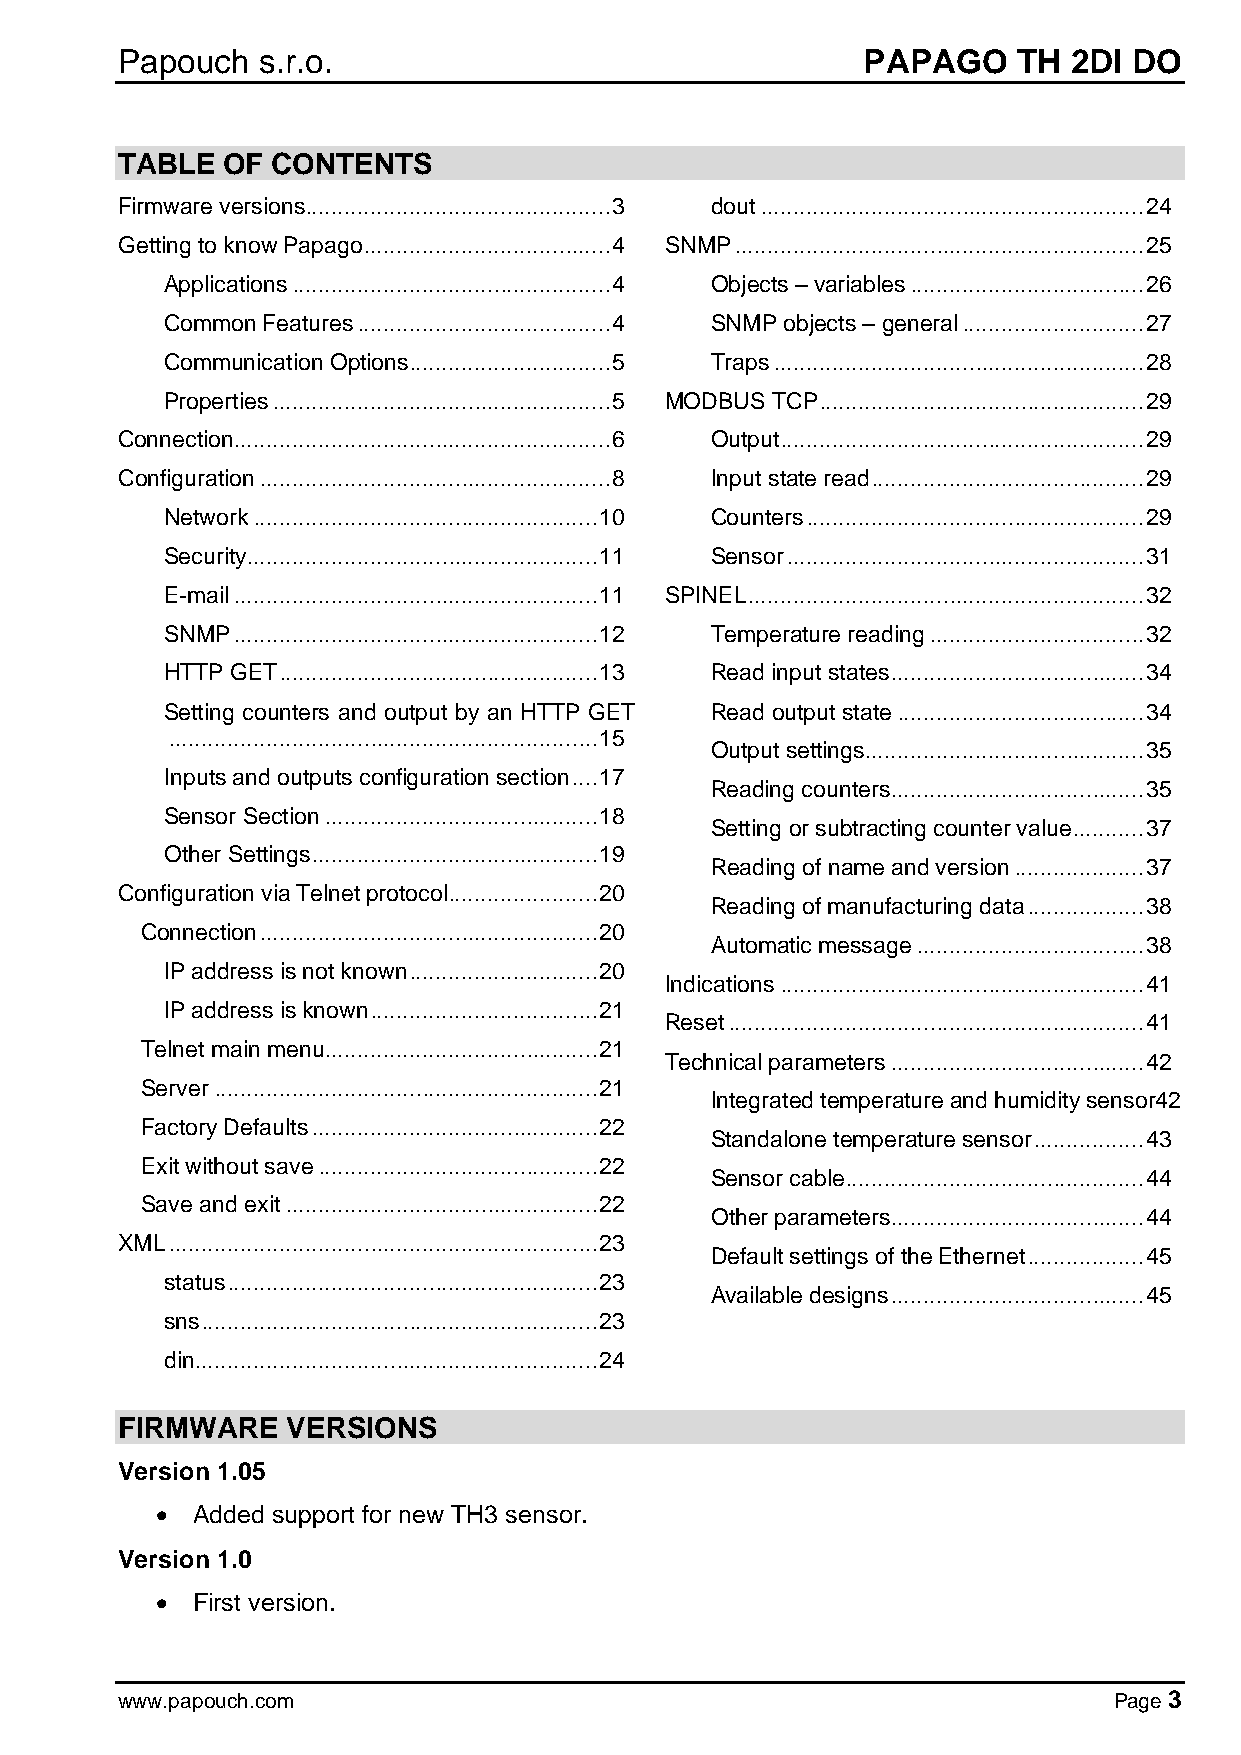
Papouch  s.r.o.                                  PAPAGO    TH  2DI DO
 TABLE  OF CONTENTS
 Firmware versions ............................................... 3 dout ........................................................... 24
 Getting to know Papago ...................................... 4 SNMP ............................................................... 25
 Applications ................................................. 4 Objects – variables .................................... 26
 Common Features ....................................... 4 SNMP objects – general ............................ 27
 Communication Options ............................... 5 Traps ......................................................... 28
 Properties .................................................... 5 MODBUS TCP .................................................. 29
 Connection.......................................................... 6 Output ........................................................ 29
 Configuration ...................................................... 8 Input state read .......................................... 29
 Network ..................................................... 10 Counters .................................................... 29
 Security ...................................................... 11 Sensor ....................................................... 31
 E-mail ........................................................ 11 SPINEL ............................................................. 32
 SNMP ........................................................ 12 Temperature reading ................................. 32
 HTTP GET ................................................. 13 Read input states ....................................... 34
 Setting counters and output by an HTTP GET Read output state ...................................... 34
 .................................................................. 15
 Output settings ........................................... 35
 Inputs and outputs configuration section .... 17
 Reading counters ....................................... 35
 Sensor Section .......................................... 18
 Setting or subtracting counter value ........... 37
 Other Settings ............................................ 19
 Reading of name and version .................... 37
 Configuration via Telnet protocol ....................... 20
 Reading of manufacturing data .................. 38
 Connection .................................................... 20
 Automatic message ................................... 38
 IP address is not known ............................. 20
 Indications ........................................................ 41
 IP address is known ................................... 21
 Reset ................................................................ 41
 Telnet main menu .......................................... 21
 Technical parameters ....................................... 42
 Server ........................................................... 21
 Integrated temperature and humidity sensor42
 Factory Defaults ............................................ 22
 Standalone temperature sensor ................. 43
 Exit without save ........................................... 22
 Sensor cable .............................................. 44
 Save and exit ................................................ 22
 Other parameters ....................................... 44
 XML .................................................................. 23
 Default settings of the Ethernet .................. 45
 status ......................................................... 23
 Available designs ....................................... 45
 sns ............................................................. 23
 din .............................................................. 24
 FIRMWARE   VERSIONS
 Version 1.05
 •  Added support for new TH3 sensor.
 Version 1.0
 •  First version.
 www.papouch.com                                                   Page 3